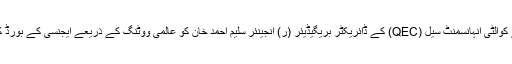
رفاہ انٹرنیشنل یونیورسٹی کے کوالٹی انہانسمنٹ سیل (QEC) کے ڈائریکٹر بریگیڈیئر (ر) انجینئر سلیم احمد خان کو عالمی ووٹنگ کے ذریعے ایجنسی کے بورڈ کا ڈائریکٹرمنتخب کیا گیا ہے۔